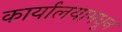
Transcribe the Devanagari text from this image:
कार्यालयामधून